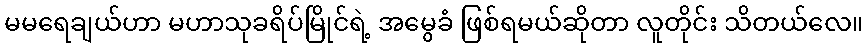
မမရေချယ်ဟာ မဟာသုခရိပ်မြိုင်ရဲ့ အမွေခံ ဖြစ်ရမယ်ဆိုတာ လူတိုင်း သိတယ်လေ။